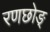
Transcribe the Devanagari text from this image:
रणछोङ्